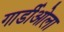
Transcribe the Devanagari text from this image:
गार्डीओला